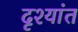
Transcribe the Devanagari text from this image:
दृश्यांत